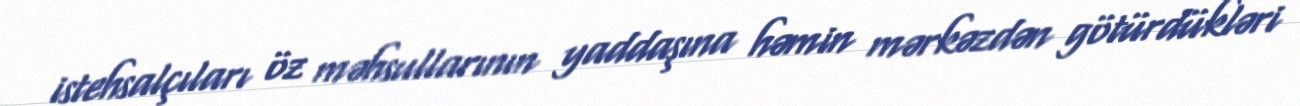
istehsalçıları öz məhsullarının yaddaşına həmin mərkəzdən götürdükləri